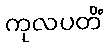
ကုလပတိံ